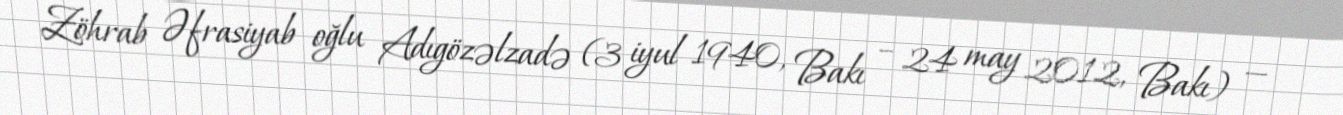
Zöhrab Əfrasiyab oğlu Adıgözəlzadə (3 iyul 1940, Bakı – 24 may 2012, Bakı) —